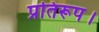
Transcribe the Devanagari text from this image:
प्रतिरूप।